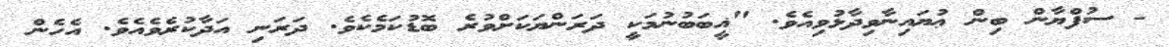
- ސުފްޔާން ބިން ޢުޔައިނާވިދާޅުވިއެވެ. "ޣީބަބުނުމަކީ ދަރަންޔަކަށްވުރެ ބޮޑުކަމެކެވެ. ދަރަނި އަދާކުރެވެއެވެ. އެހެން